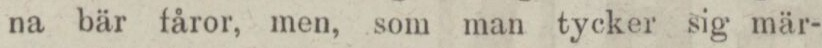
na bär fåror, men, som man tycker sig mär-